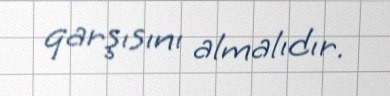
qarşısını almalıdır.